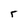
Character: r